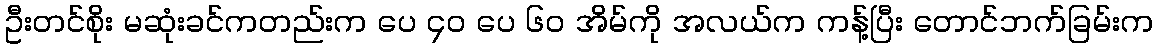
ဦးတင်စိုး မဆုံးခင်ကတည်းက ပေ ၄၀ ပေ ၆၀ အိမ်ကို အလယ်က ကန့်ပြီး တောင်ဘက်ခြမ်းက